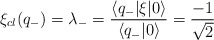
\begin{align*}\xi_{cl}(q_-)=\lambda_-=\frac{\langle q_-|\xi|0 \rangle}{\langle q_-|0 \rangle}=\frac{-1}{\sqrt{2}}\end{align*}